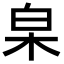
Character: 𣐩